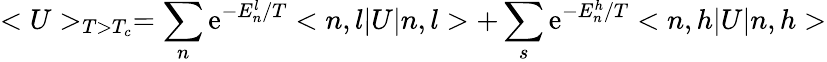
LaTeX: <U>_{T>T_{c}}=\sum_{n}\mathrm{e}^{-E_{n}^{l}/T}<n,l|U|n,l>+\sum_{s}\mathrm{e}^{-E_{n}^{h}/T}<n,h|U|n,h>